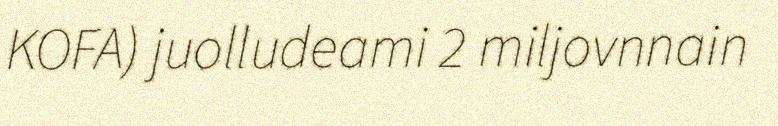
KOFA) juolludeami 2 miljovnnain